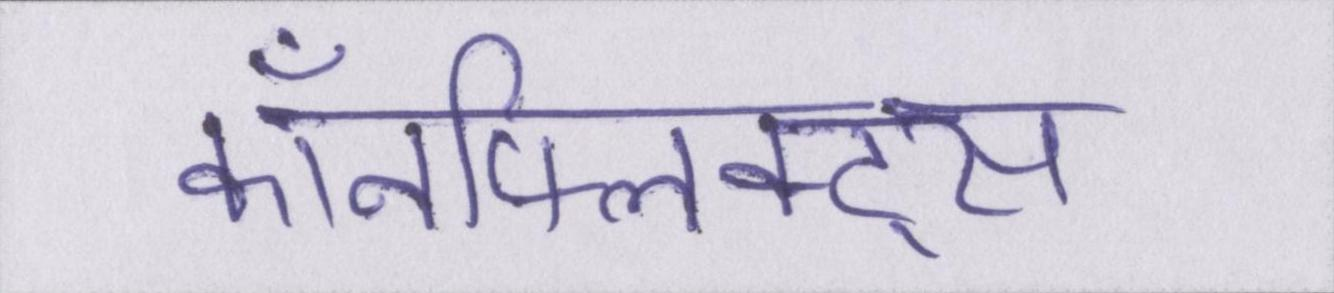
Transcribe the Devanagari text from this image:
कॉनफ्लिक्ट्स